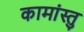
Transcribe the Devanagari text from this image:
कामांस्तु